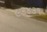
૯૩૪૩૧